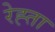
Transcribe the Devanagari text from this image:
रेह्ता